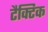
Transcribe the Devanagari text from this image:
टैक्टिक